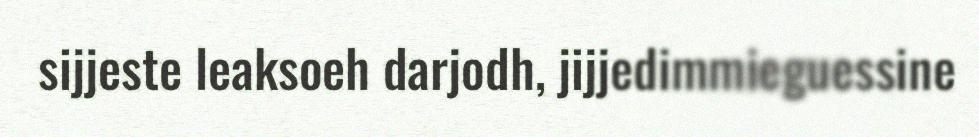
sijjeste leaksoeh darjodh, jijjedimmieguessine